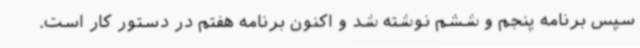
سپس برنامه پنجم و ششم نوشته شد و اکنون برنامه هفتم در دستور کار است.